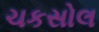
ચકસોલ